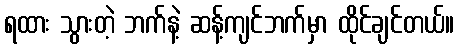
ရထား သွားတဲ့ ဘက်နဲ့ ဆန့်ကျင်ဘက်မှာ ထိုင်ချင်တယ်။